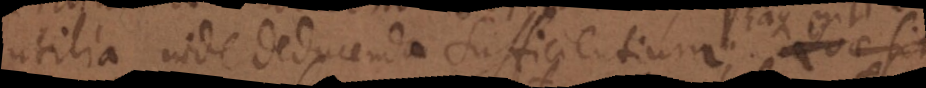
utilia inde deducenda sufficientium. Quae